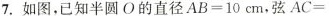
7.如图，已知半圆O的直径$$AB=10cm$$，$$弦AC=